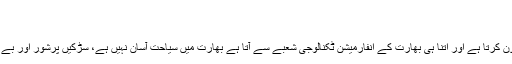
ہاشم خان بین…
asif جولائی 8, 2017 0
سیاحت ہندوستان کی مجموعی پیداوار میں تقریبا سات فیصد کا تعاون کرتا ہے اور اتنا ہی بھارت کے انفارمیشن ٹکنالوجی شعبے سے آتا ہے بھارت میں سیاحت آسان نہیں ہے، سڑکیں پرشور اور بے ترتیب ہیں، سہولیات کا فقدان ہے، لیکن پھر بھی بہت سے لوگ…